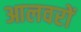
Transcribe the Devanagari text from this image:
आलवरों